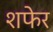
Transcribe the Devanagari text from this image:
शफेर